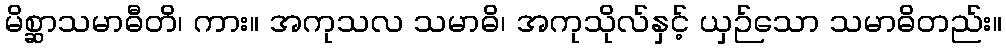
မိစ္ဆာသမာဓီတိ၊ ကား။ အကုသလ သမာဓိ၊ အကုသိုလ်နှင့် ယှဉ်သော သမာဓိတည်း။